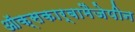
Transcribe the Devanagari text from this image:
ऑक्सकार्बामैजेपीन